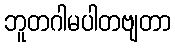
ဘူတဂါမပါတဗျတာ